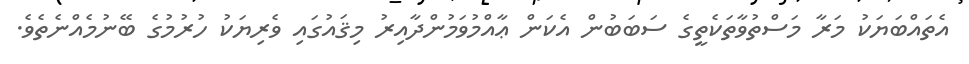
އެތައްބަޔަކު މަރާ މަސްތުވާތަކެތީގެ ސަބަބުން އެކަން ޢާއްމުވަމުންދާއިރު މިޤައުގައި ވެރިޔަކު ހުރުމުގެ ބޭނުމެއްނެތެވެ.